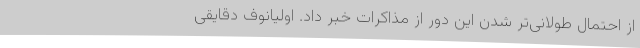
از احتمال طولانی‌تر شدن این دور از مذاکرات خبر داد. اولیانوف دقایقی